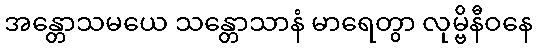
အန္တောသမယေ သန္တောသာနံ မာရေတွာ လုမ္ဗိနီဝနေ